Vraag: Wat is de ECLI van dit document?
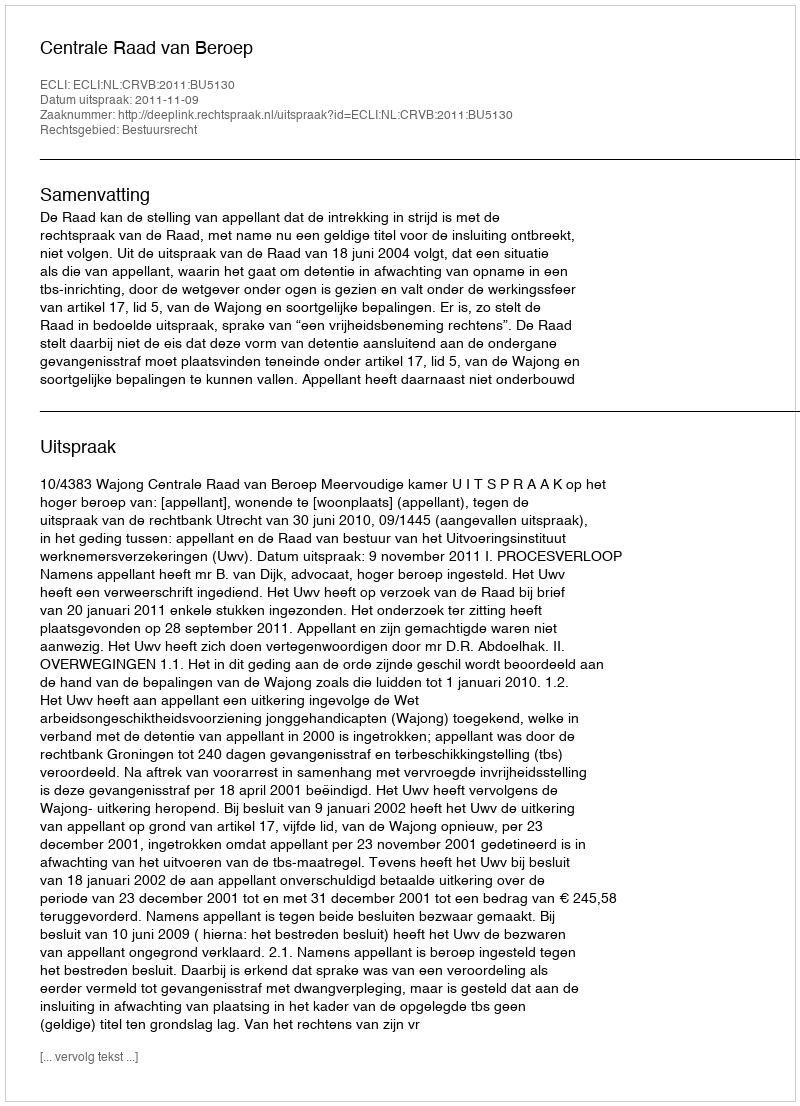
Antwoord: ECLI:NL:CRVB:2011:BU5130